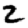
Digit: 2